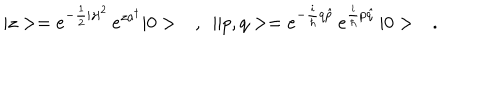
LaTeX: | z > = e ^ { - \frac { 1 } { 2 } | z | ^ { 2 } } \, e ^ { z a ^ { \dagger } } | 0 > \ \ \ , \ \ \| p , q > = e ^ { - \frac { i } { \hbar } q \hat { p } } \, e ^ { \frac { i } { \hbar } p \hat { q } } \, | 0 > \ \ \ .